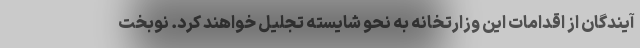
آیندگان از اقدامات این وزارتخانه به نحو شایسته تجلیل خواهند کرد. نوبخت